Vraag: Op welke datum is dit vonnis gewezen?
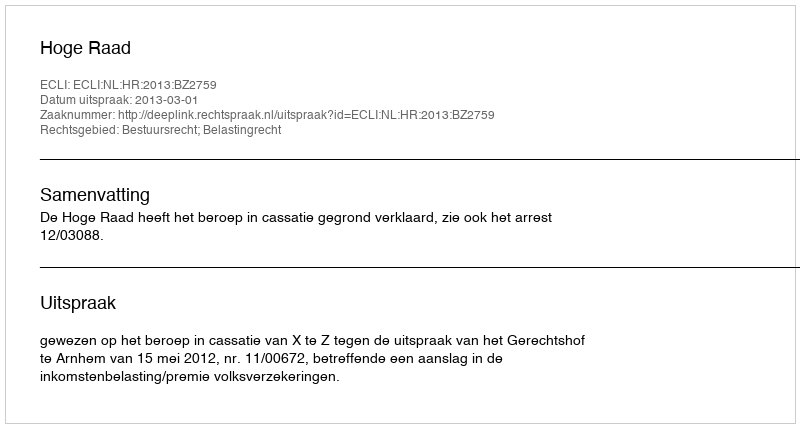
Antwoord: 2013-03-01